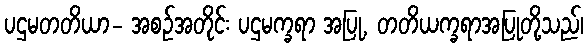
ပဌမတတိယာ- အစဉ်အတိုင်း ပဌမက္ခရာ အပြု, တတိယက္ခရာအပြုတို့သည်၊